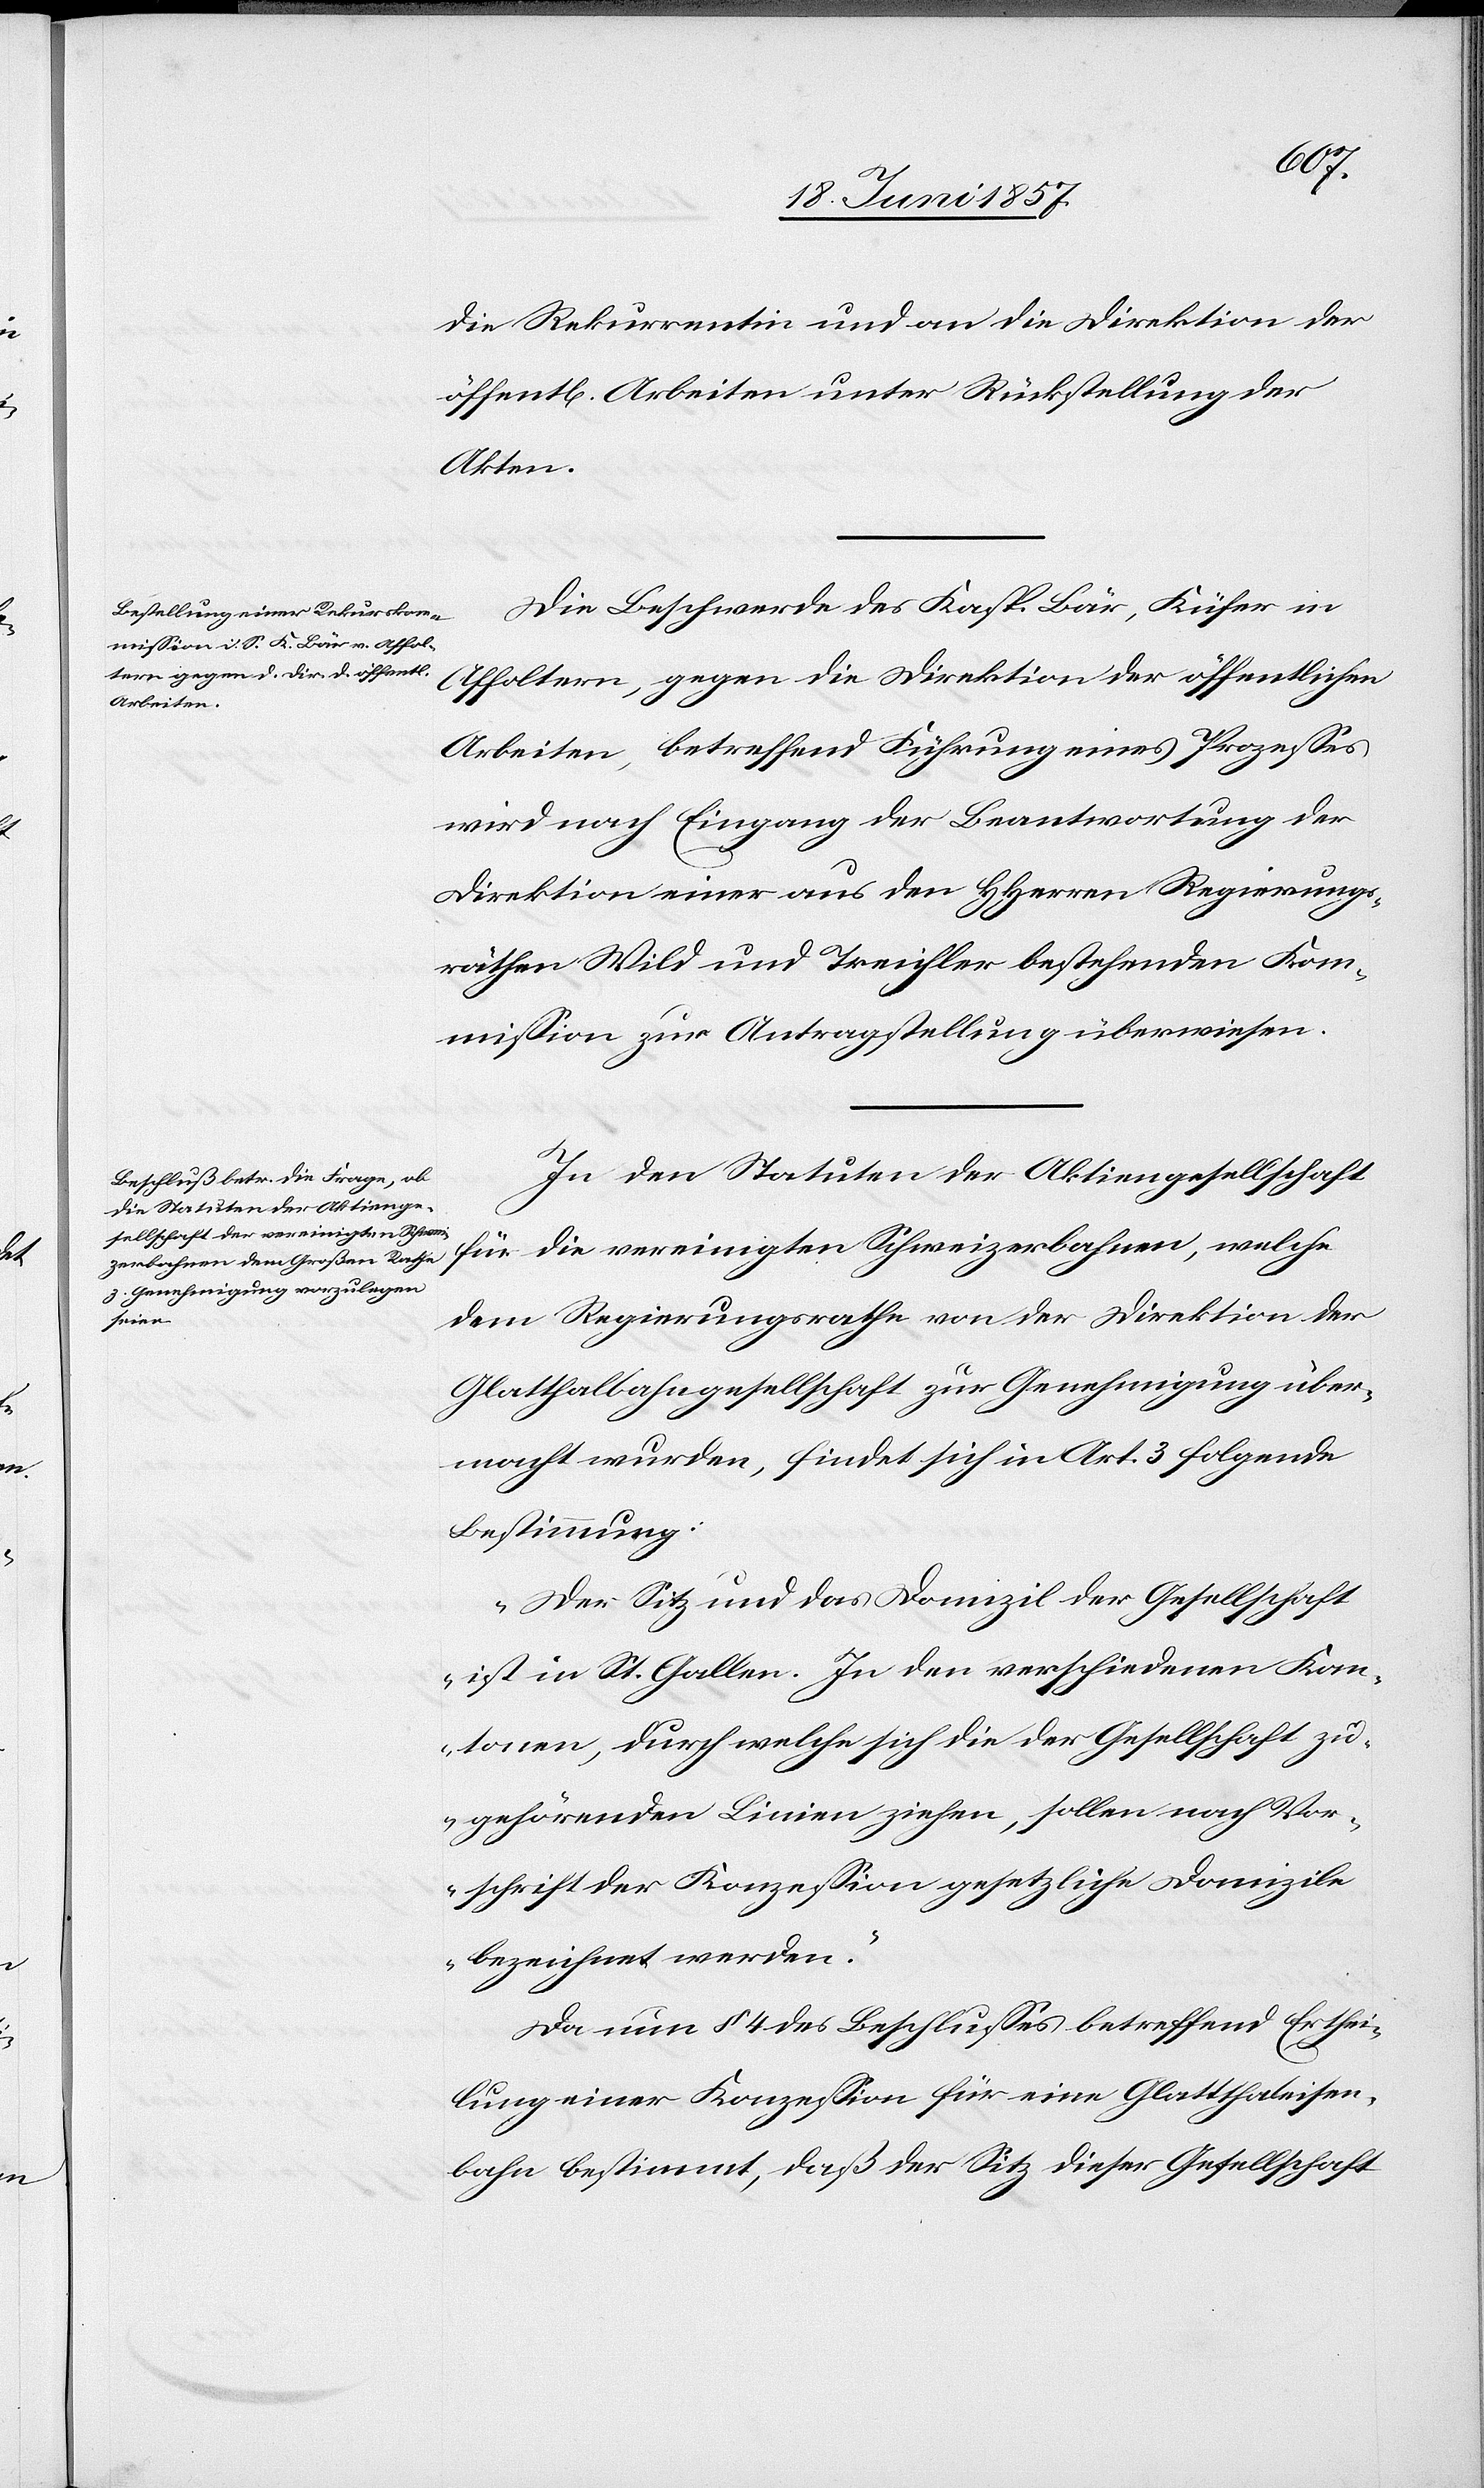
die Rekurrentin und an die Direktion der
öffentl. Arbeiten unter Rückstellung der
Akten.
Die Beschwerde des Kasp. Bär, Küfer in
Affoltern, gegen die Direktion der öffentlichen
Arbeiten, betreffend Führung eines Prozesses
wird nach Eingang der Beantwortung der
Direktion einer aus den HHerren Regierungs¬
räthen Wild und Treichler bestehenden Kom¬
mission zur Antragstellung überwiesen.
In den Statuten der Aktiengesellschaft
für die vereinigten Schweizerbahnen, welche
dem Regierungsrathe von der Direktion der
Glatthalbahngesellschaft zur Genehmigung über¬
macht wurden, findet sich in Art. 3 folgende
Bestimmung:
„Der Sitz und das Domizil der Gesellschaft
ist in St. Gallen. In den verschiedenen Kan¬
tonen, durch welche sich die der Gesellschaft zu¬
gehörenden Linien ziehen, sollen nach Vor¬
schrift der Konzession gesetzliche Domizile
bezeichnet werden.“
Da nun § 4 des Beschlusses betreffend Erthei¬
lung einer Konzession für eine Glatthaleisen¬
bahn bestimmt, daß der Sitz dieser Gesellschaft